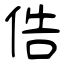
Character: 俈